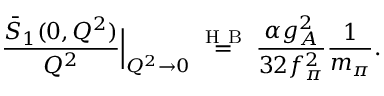
\frac { \bar { S } _ { 1 } ( 0 , Q ^ { 2 } ) } { Q ^ { 2 } } \Big \vert _ { Q ^ { 2 } \rightarrow 0 } \stackrel { \mathrm { ~ H ~ B ~ } } { = } \frac { \alpha g _ { A } ^ { 2 } } { 3 2 f _ { \pi } ^ { 2 } } \frac { 1 } { m _ { \pi } } .